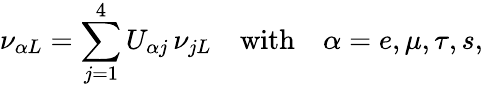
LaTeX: \nu_{\alpha L}=\sum_{j=1}^{4}U_{\alpha j}\, \nu_{jL}\quad\mathrm{with}\quad\alpha=e,\mu,\tau,s,